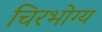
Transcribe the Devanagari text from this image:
चिरभोग्य